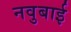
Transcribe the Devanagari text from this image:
नवुबाई